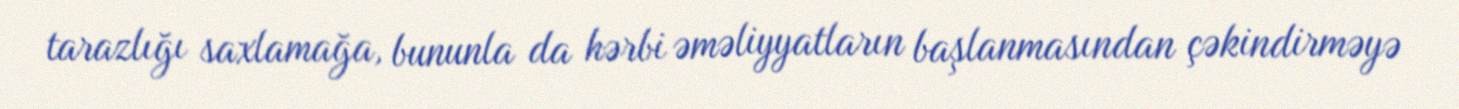
tarazlığı saxlamağa, bununla da hərbi əməliyyatların başlanmasından çəkindirməyə